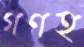
গণহ